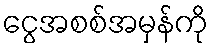
ငွေအစစ်အမှန်ကို